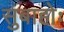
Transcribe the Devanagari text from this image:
सुबाहोः